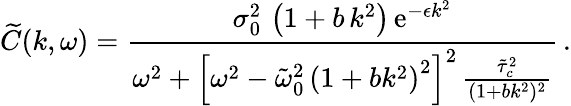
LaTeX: \widetilde{C}(k,\omega)=\frac{\sigma_{0}^{2}\, \left(1+b\, k^{2}\right)\, \mathrm{e}^{-\epsilon k^{2}}}{\omega^{2}+\left[\omega^{2}-\tilde{\omega}_{0}^{2}\, \left(1+bk^{2}\right)^{2}\right]^{2}\, \frac{\tilde{\tau}_{c}^{2}}{(1+bk^{2})^{2}}}\, .